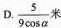
D. \frac{5}{9 \cos \alpha} 米